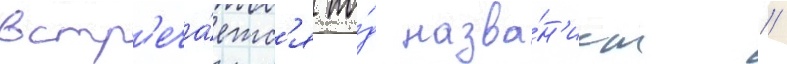
встр'еча́етс'я по́д назва́н'ием //